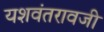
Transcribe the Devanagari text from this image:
यशवंतरावजी